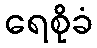
ရေစိုခံ